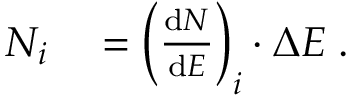
\begin{array} { r l } { N _ { i } } & { { } = \left( \frac { \mathrm d N } { \mathrm d E } \right) _ { i } \cdot \Delta E \; . } \end{array}